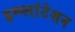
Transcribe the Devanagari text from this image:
इम्प्लांटेशन